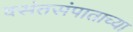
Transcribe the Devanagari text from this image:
वसंतसंपाताच्या